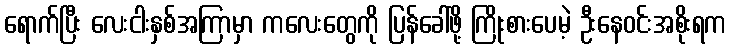
ရောက်ပြီး လေးငါးနှစ်အကြာမှာ ကလေးတွေကို ပြန်ခေါ်ဖို့ ကြိုးစားပေမဲ့ ဦးနေဝင်းအစိုးရက